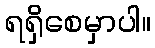
ရရှိစေမှာပါ။